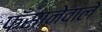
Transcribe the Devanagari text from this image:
फँसानेवाले